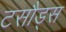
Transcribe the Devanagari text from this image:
टसौड्स